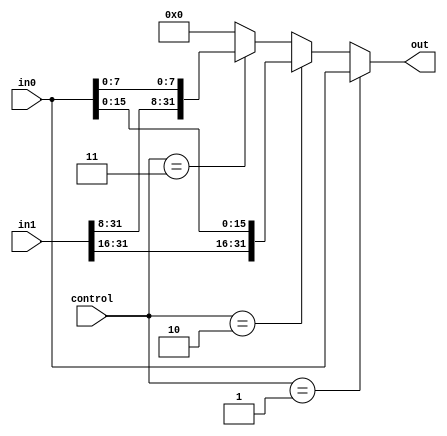
module SS(
    input wire [31:0] in0,
    input wire [31:0] in1,
    input wire [1:0] control,
    output wire [31:0] out
    );

    assign out = (control == 2'b01) ? in0:
                 (control == 2'b10) ? {in1[31:16],in0[15:0]}:
                 (control == 2'b11) ? {in1[31:8],in0[7:0]}:
                 32'b00000000000000000000000000000000;
                 
endmodule